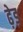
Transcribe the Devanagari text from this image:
ढ़ेड़